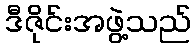
ဒီဇိုင်းအဖွဲ့သည်